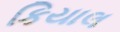
કિયાલ